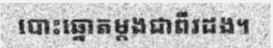
បោះឆ្នោតម្តងជាពីរដង។